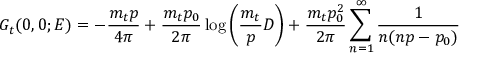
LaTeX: G _ { t } ( 0 , 0 ; E ) = - \frac { m _ { t } p } { 4 \pi } + \frac { m _ { t } p _ { 0 } } { 2 \pi } \log \left( \frac { m _ { t } } { p } D \right) + \frac { m _ { t } p _ { 0 } ^ { 2 } } { 2 \pi } \sum _ { n = 1 } ^ { \infty } \frac { 1 } { n ( n p - p _ { 0 } ) }